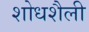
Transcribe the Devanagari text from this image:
शोधशैली